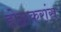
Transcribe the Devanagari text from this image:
होळकरांस